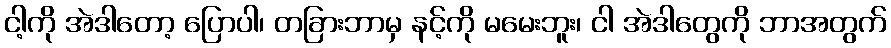
ငါ့ကို အဲဒါတော့ ပြောပါ၊ တခြားဘာမှ နင့်ကို မမေးဘူး၊ ငါ အဲဒါတွေကို ဘာအတွက်